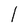
Character: l